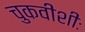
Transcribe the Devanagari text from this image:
चुकवीशीः